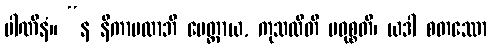
ပါဏိနံ။ “န နိကာမလာဘီ မေတ္တာယ, ကုသလီတိ ပဝုစ္စတိ၊ ယဒါ စတဿော